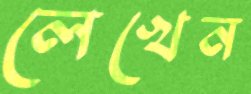
লেখেন